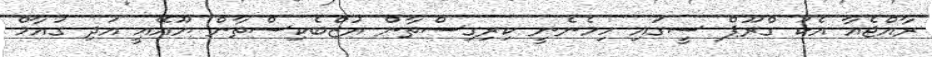
ރާއްޖެއާ އެކު ގްރޫޕް ސީގައި ހިމެނެނީ ކިރިގިސްތާން އުޒްބެކިސްތާން ޔޫއޭއީ އަދި ގުއާމް